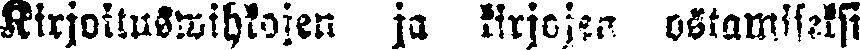
Kirjoituwihkojen ja kirjojen ostamiseksi